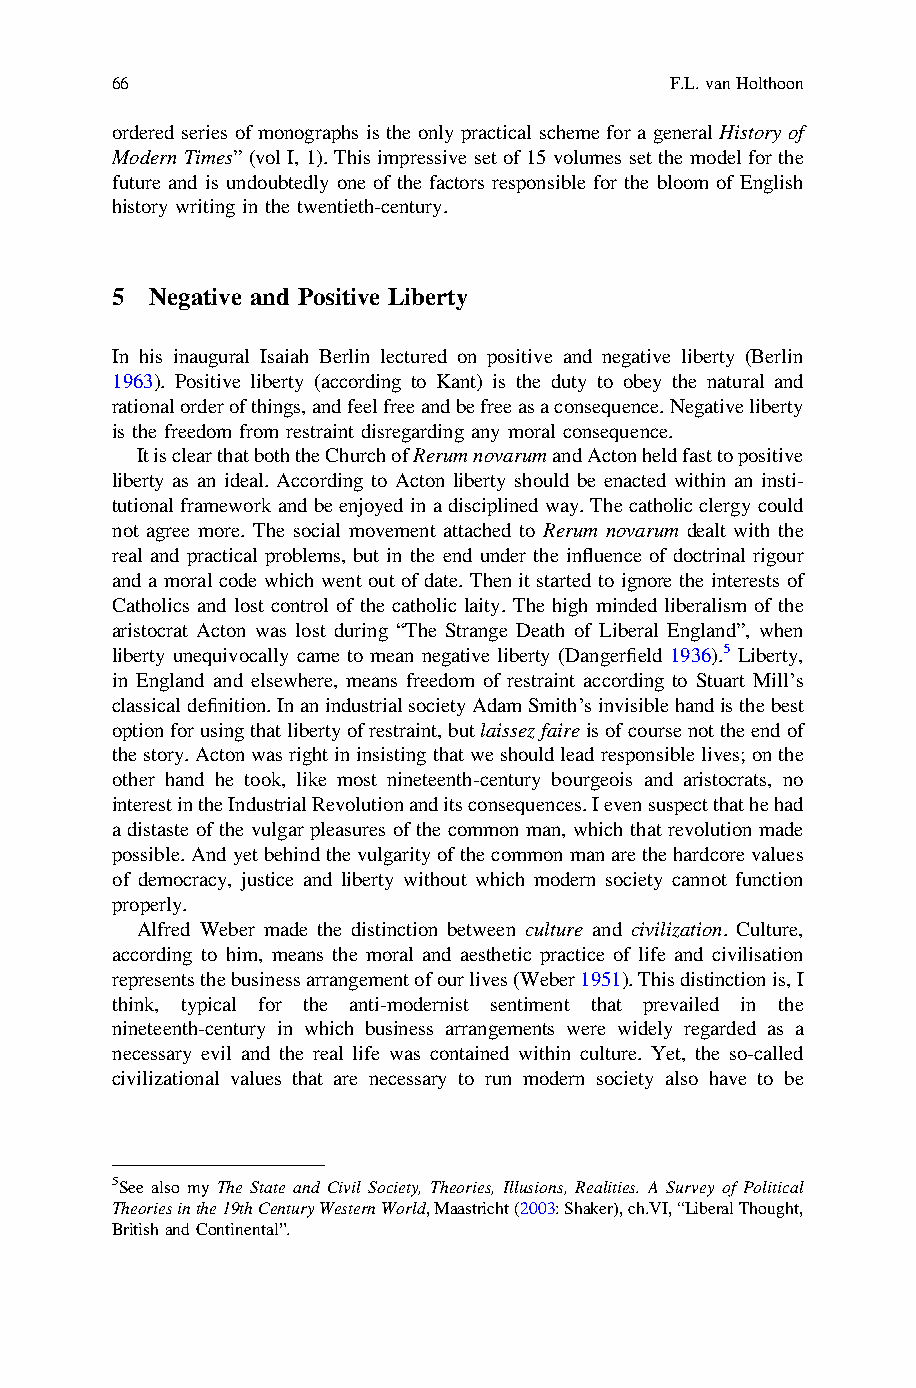
66                                   F.L.vanHolthoon
 ordered series of monographs is the only practical scheme for a general History of
 Modern Times” (vol I, 1). This impressive set of 15 volumes set the model for the
 future and is undoubtedly one of the factors responsible for the bloom of English
 history writing in the twentieth-century.
 5  Negative and Positive Liberty
 In his inaugural Isaiah Berlin lectured on positive and negative liberty (Berlin
 1963). Positive liberty (according to Kant) is the duty to obey the natural and
 rationalorderofthings,andfeelfreeandbefreeasaconsequence.Negativeliberty
 is the freedom from restraint disregarding any moral consequence.
 ItisclearthatboththeChurchofRerumnovarumandActonheldfasttopositive
 liberty as an ideal. According to Acton liberty should be enacted within an insti-
 tutional frameworkandbeenjoyedinadisciplinedway. Thecatholicclergycould
 not agree more. The social movement attached to Rerum novarum dealt with the
 real and practical problems, but in the end under the influence of doctrinal rigour
 and a moral code which went out of date. Then it started to ignore the interests of
 Catholics and lost control of the catholic laity. The high minded liberalism of the
 aristocrat Acton was lost during “The Strange Death of Liberal England”, when
 liberty unequivocally came to mean negative liberty (Dangerfield 1936).5 Liberty,
 in England and elsewhere, means freedom of restraint according to Stuart Mill’s
 classicaldefinition.InanindustrialsocietyAdamSmith’sinvisiblehandisthebest
 optionforusingthatlibertyofrestraint,butlaissezfaireisofcoursenottheendof
 thestory.Actonwasrightininsistingthatweshouldleadresponsiblelives;onthe
 other hand he took, like most nineteenth-century bourgeois and aristocrats, no
 interestintheIndustrialRevolutionanditsconsequences.Ievensuspectthathehad
 a distaste of the vulgar pleasures of the common man, which that revolution made
 possible.Andyetbehindthevulgarityofthecommonmanarethehardcorevalues
 of democracy, justice and liberty without which modern society cannot function
 properly.
 Alfred Weber made the distinction between culture and civilization. Culture,
 according to him, means the moral and aesthetic practice of life and civilisation
 representsthebusinessarrangementofourlives(Weber1951).Thisdistinctionis,I
 think, typical for the anti-modernist sentiment that prevailed in the
 nineteenth-century in which business arrangements were widely regarded as a
 necessary evil and the real life was contained within culture. Yet, the so-called
 civilizational values that are necessary to run modern society also have to be
 5See also my The State and Civil Society, Theories, Illusions, Realities. A Survey of Political
 Theoriesinthe19thCenturyWesternWorld,Maastricht(2003:Shaker),ch.VI,“LiberalThought,
 BritishandContinental”.